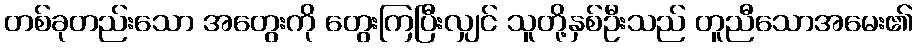
တစ်ခုတည်းသော အတွေးကို တွေးကြပြီးလျှင် သူတို့နှစ်ဦးသည် တူညီသောအမေး၏